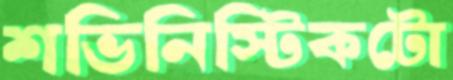
শভিনিস্টিকটো